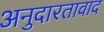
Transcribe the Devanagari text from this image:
अनुदारतावाद